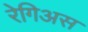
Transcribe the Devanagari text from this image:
रेगिअस